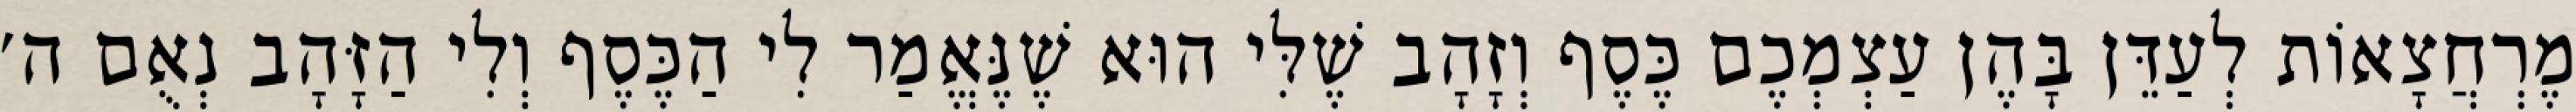
מֶרְחֲצָאוֹת לְעַדֵּן בָּהֶן עַצְמְכֶם כֶּסֶף וְזָהָב שֶׁלִּי הוּא שֶׁנֶּאֱמַר לִי הַכֶּסֶף וְלִי הַזָּהָב נְאֻם ה׳